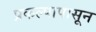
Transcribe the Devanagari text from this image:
प्रकल्पापासून